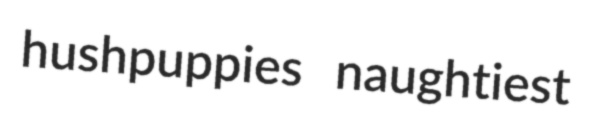
hushpuppies naughtiest